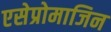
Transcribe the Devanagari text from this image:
एसेप्रोमाजिन